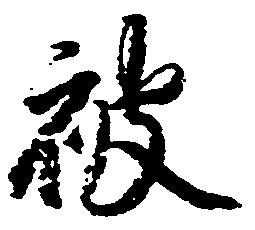
被